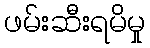
ဖမ်းဆီးရမိမှု